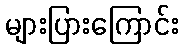
များပြားကြောင်း